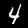
Digit: 4